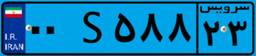
۸۰S۱۵۳۴۳